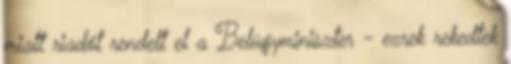
miatt riadót rendelt el a Belügyminiszter - ezrek rekedtek